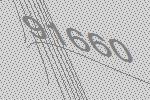
91660